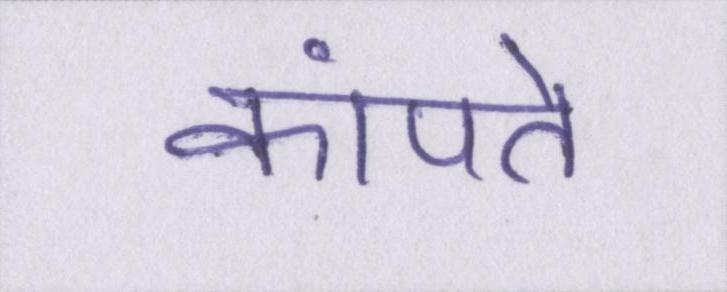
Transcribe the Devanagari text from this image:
कांपते